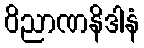
ဝိညာဏနိဒါနံ